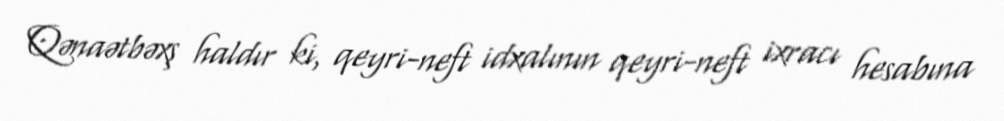
Qənaətbəxş haldır ki, qeyri-neft idxalının qeyri-neft ixracı hesabına